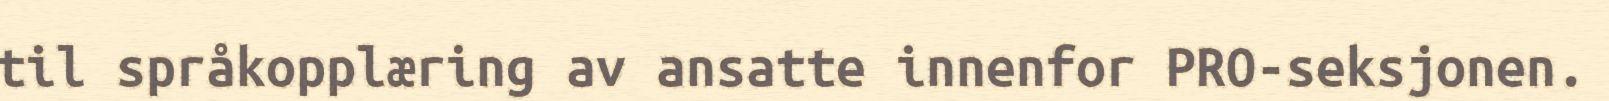
til språkopplæring av ansatte innenfor PRO-seksjonen.